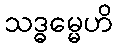
သဒ္ဓမ္မေဟိ